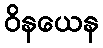
ဝိနယေန